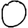
Digit: 0